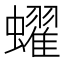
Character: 蠗